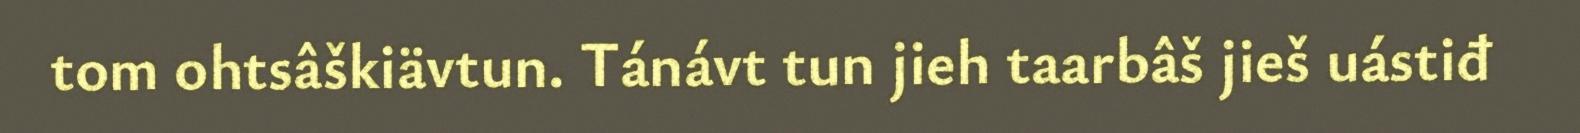
tom ohtsâškiävtun. Tánávt tun jieh taarbâš jieš uástiđ